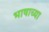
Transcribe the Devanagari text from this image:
भाषाच्या